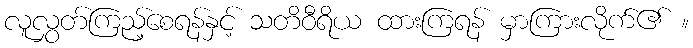
လူလွှတ်ကြည့်စေရန်နှင့် သတိဝီရိယ ထားကြရန် မှာကြားလိုက်၏ ။